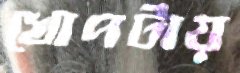
খোপটায়